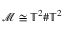
\mathcal { M } \cong \mathbb { T } ^ { 2 } \# \mathbb { T } ^ { 2 }